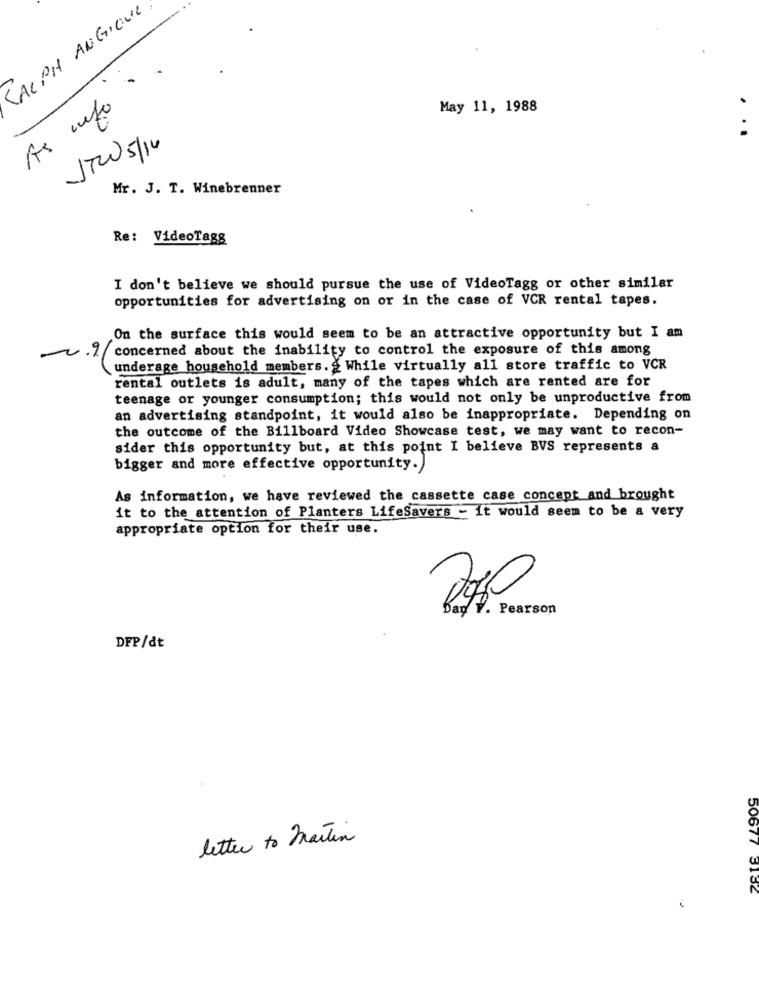
JALPH ANGIQUE
As info
May 11, 1988
JTW 5/14
Mr. J. T. Winebrenner
Re: VideoTagg
I don't believe we should pursue the use of VideoTagg or other similar
opportunities for advertising on or in the case of VCR rental tapes.
On the surface this would seem to be an attractive opportunity but I am
i concerned about the inability to control the exposure of this among
underage household members. & While virtually all store traffic to VCR
rental outlets is adult, many of the tapes which are rented are for
teenage or younger consumption; this would not only be unproductive from
an advertising standpoint, it would also be inappropriate. Depending on
the outcome of the Billboard Video Showcase test, we may want to recon-
sider this opportunity but, at this point I believe BVS represents a
bigger and more effective opportunity.
As information, we have reviewed the cassette case concept and brought
it to the attention of Planters LifeSavers - it would seem to be a very
appropriate option for their use.
Ban V. Pearson
DFP/dt
letter to martin
50677 3132